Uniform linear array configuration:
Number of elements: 48
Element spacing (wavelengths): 0.5
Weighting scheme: blackman
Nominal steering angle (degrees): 0
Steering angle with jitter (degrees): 1.884
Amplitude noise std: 0.05
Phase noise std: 0.05

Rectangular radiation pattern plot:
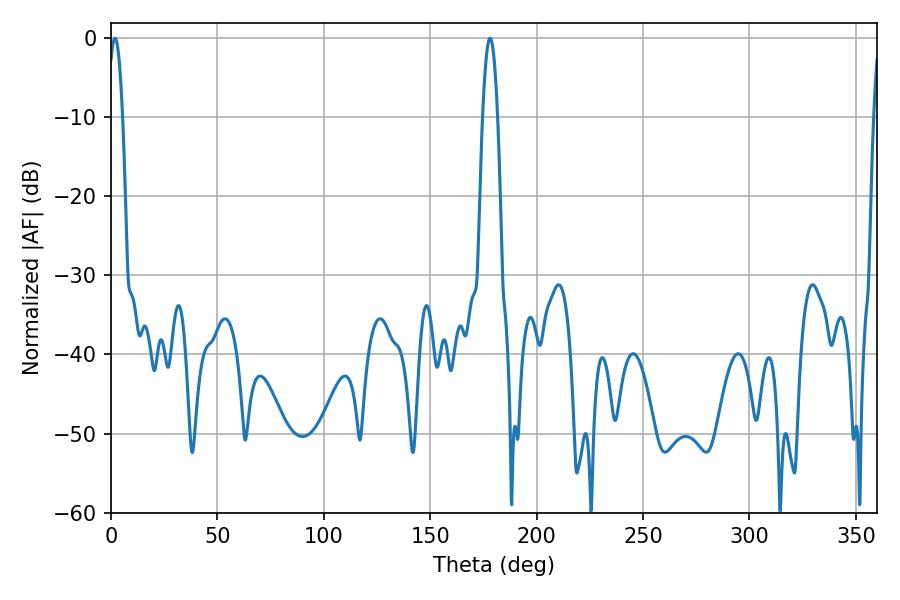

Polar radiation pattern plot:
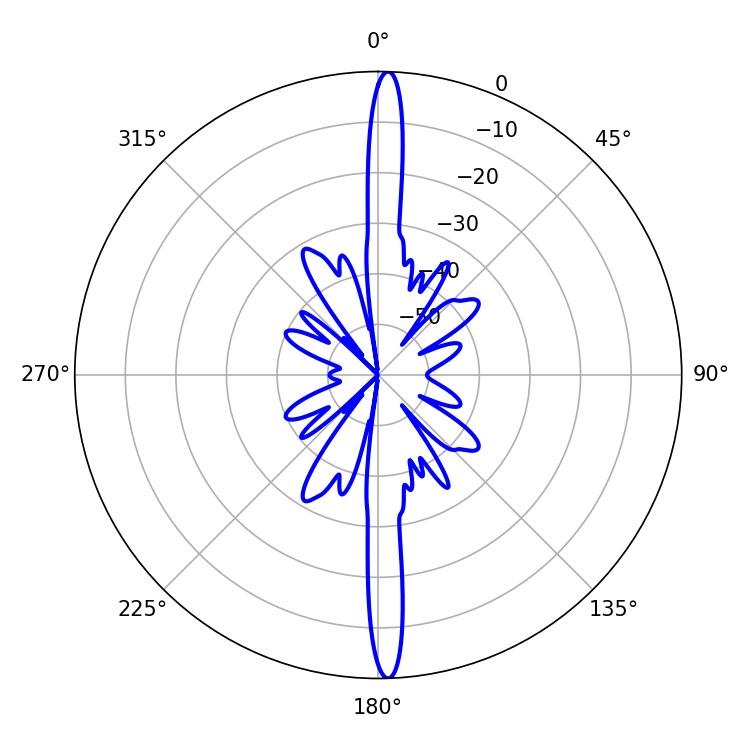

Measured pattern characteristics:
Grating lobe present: FALSE
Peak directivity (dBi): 26.159
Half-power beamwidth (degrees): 3.78
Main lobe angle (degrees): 1.8